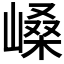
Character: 𫶐